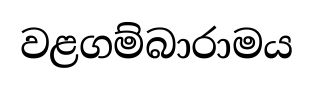
වළගම්බාරාමය